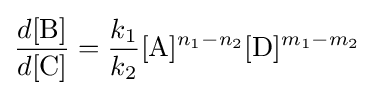
{\frac {d[{\ce {B}}]}{d[{\ce {C}}]}}={\frac {k_{1}}{k_{2}}}[{\ce {A}}]^{n_{1}-n_{2}}[{\ce {D}}]^{m_{1}-m_{2}}